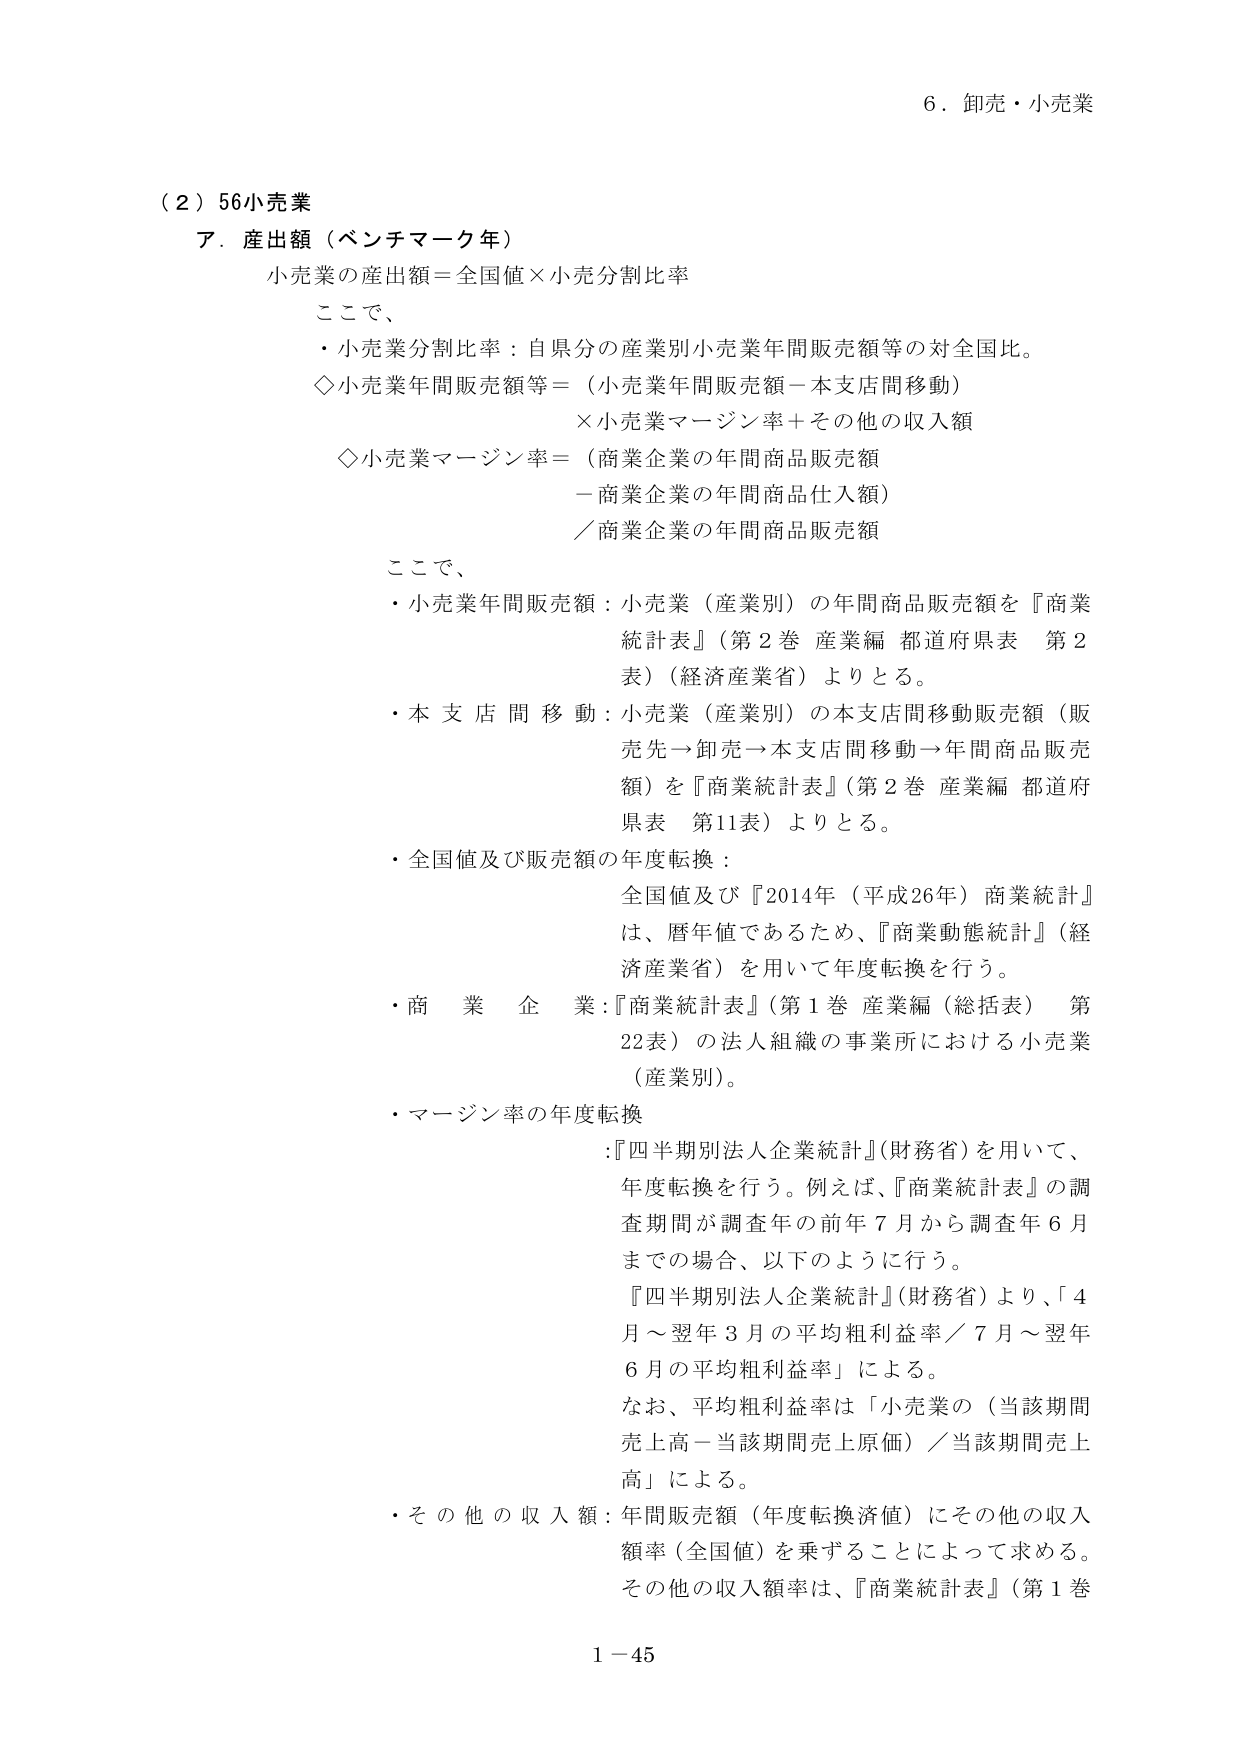
6．卸売・小売業

（２）56小売業
ア．産出額（ベンチマーク年）
小売業の産出額＝全国値×小売分割比率

ここで、
・小売業分割比率：自県分の産業別小売業年間販売額等の対全国比。
◇小売業年間販売額等＝（小売業年間販売額－本支店間移動）
　　　　　　　　　　　×小売業マージン率＋その他の収入額
◇小売業マージン率＝（商業企業の年間商品販売額
　　　　　　　　　　　－商業企業の年間商品仕入額）
　　　　　　　　　　　／商業企業の年間商品販売額

ここで、
・小売業年間販売額：小売業（産業別）の年間商品販売額を『商業
　　　　　　　　　　統計表』（第2巻 産業編 都道府県表 第2
　　　　　　　　　　表）（経済産業省）よりとる。
・本支店間移動：小売業（産業別）の本支店間移動販売額（販
　　　　　　　　　　売先→卸売→本支店間移動→年間商品販売
　　　　　　　　　　額）を『商業統計表』（第2巻 産業編 都道府
　　　　　　　　　　県表 第11表）よりとる。
・全国値及び販売額の年度転換：
　　　　　　　　　　全国値及び『2014年（平成26年）商業統計』
　　　　　　　　　　は、暦年値であるため、『商業動態統計』（経
　　　　　　　　　　済産業省）を用いて年度転換を行う。
・商業企業：『商業統計表』（第1巻 産業編（総括表） 第
　　　　　　　　　　22表）の法人組織の事業所における小売業
　　　　　　　　　　（産業別）。
・マージン率の年度転換
　　　　　　　　　　：『四半期別法人企業統計』（財務省）を用いて、
　　　　　　　　　　　年度転換を行う。例えば、『商業統計表』の調
　　　　　　　　　　　査期間が調査年の前年7月から調査年6月
　　　　　　　　　　　までの場合、以下のように行う。
　　　　　　　　　　　『四半期別法人企業統計』（財務省）より、「4
　　　　　　　　　　　月～翌年3月の平均粗利益率／7月～翌年
　　　　　　　　　　　6月の平均粗利益率」による。
　　　　　　　　　　　なお、平均粗利益率は「小売業の（当該期間
　　　　　　　　　　　売上高－当該期間売上原価）／当該期間売上
　　　　　　　　　　　高」による。
・その他の収入額：年間販売額（年度転換済値）にその他の収入
　　　　　　　　　　額率（全国値）を乗ずることによって求める。
　　　　　　　　　　その他の収入額率は、『商業統計表』（第1巻

1－45